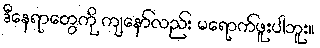
ဒီနေရာတွေကို ကျနော်လည်း မရောက်ဖူးပါဘူး။